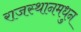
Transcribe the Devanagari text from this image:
राजस्थानमधुन